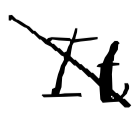
Text: It
Cross-out: diagonal
Writing tool: digital_black